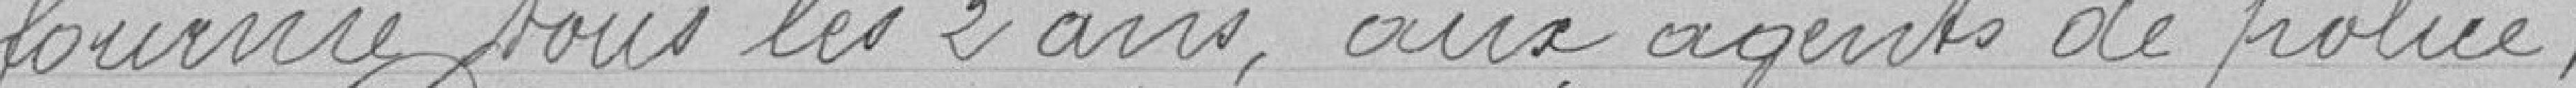
fournie tous les 2 ans, aux agents de police,